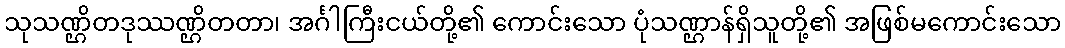
သုသဏ္ဌိတဒုဿဏ္ဌိတတာ၊ အင်္ဂါကြီးငယ်တို့၏ ကောင်းသော ပုံသဏ္ဌာန်ရှိသူတို့၏ အဖြစ်မကောင်းသော